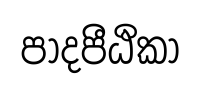
පාදපීඨිකා